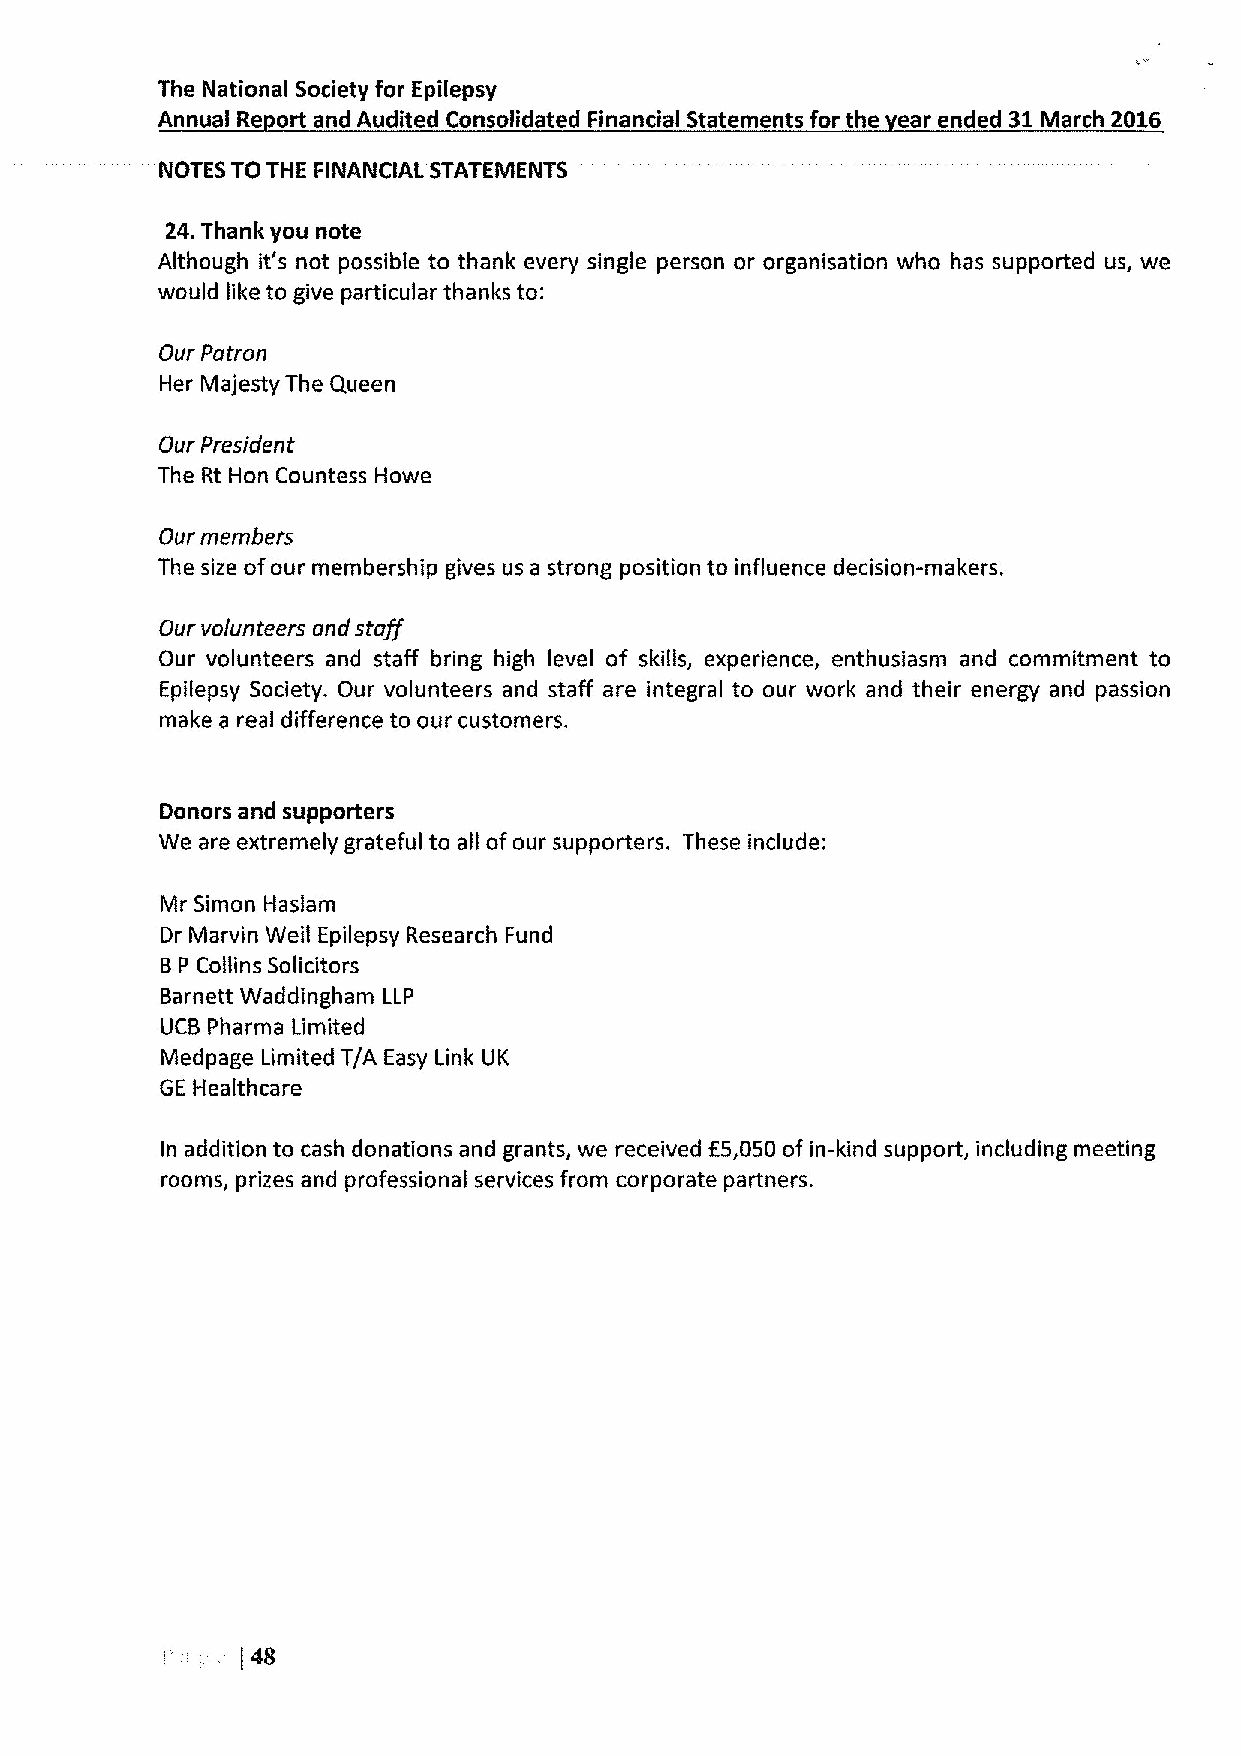
The National Society for Epilepsy
 Annual Re ort and Audited Consolidated Financial Statements for the ear ended 31March 2016
 NOTES TO THE FINANCIAL STATEMENTS
 2zI.Thank you note
 Although it's not possible to thank every single person or organisation who has supported us, we
 would like to give particular thanks to:
 Our Patron
 Her Majesty The Queen
 Our President
 The Rt Hon Countess Howe
 Our members
 The size ofour membership gives us a strong position to influence decision-makers.
 Our volunteers and staff
 Our volunteers and staff bring high level of skills, experience, enthusiasm and commitment to
 Epilepsy Society. Our volunteers and staff are integral to our work and their energy and passion
 make a real difference to our customers.
 Donors and supporters
 We are extremely grateful to all ofour supporters. These include:
 Mr Simon Haslam
 Dr Marvin Weil Epilepsy Research Fund
 BP Collins Solicitors
 Barnett Waddingham LLP
 UCB Pharma Limited
 Medpage Limited T/A Easy Link UK
 GE Healthcare
 In addition to cash donations and grants, we received f5,050 ofin-kind support, including meeting
 rooms, prizes and professional services from corporate partners.